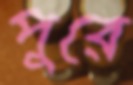
পুরে